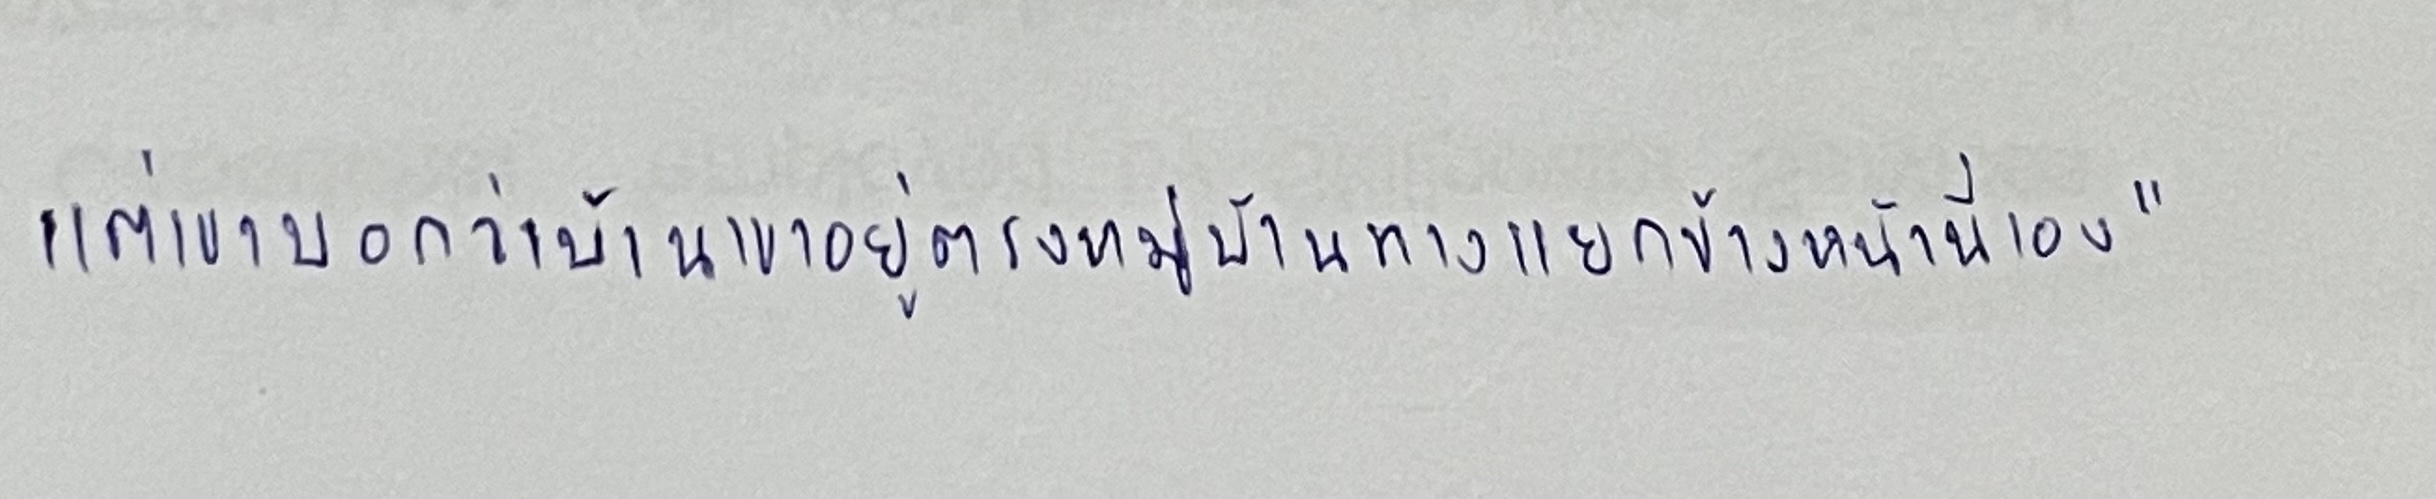
แต่เขาบอกว่าบ้านเขาอยู่ตรงหมู่บ้านทางแยกข้างหน้านี่เอง"